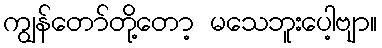
ကျွန်တော်တို့တော့ မသေဘူးပေါ့ဗျာ။